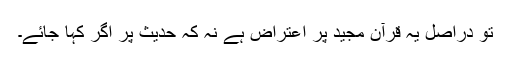
تو دراصل یہ قرآن مجید پر اعتراض ہے نہ کہ حدیث پر اگر کہا جائے۔